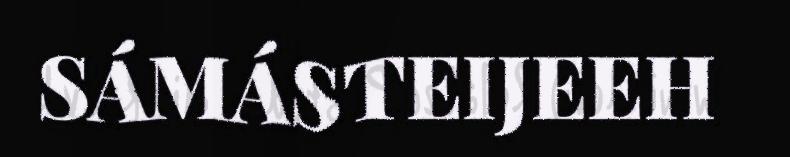
SÁMÁSTEIJEEH